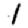
Digit: 1